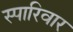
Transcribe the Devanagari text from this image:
स्पारिवार